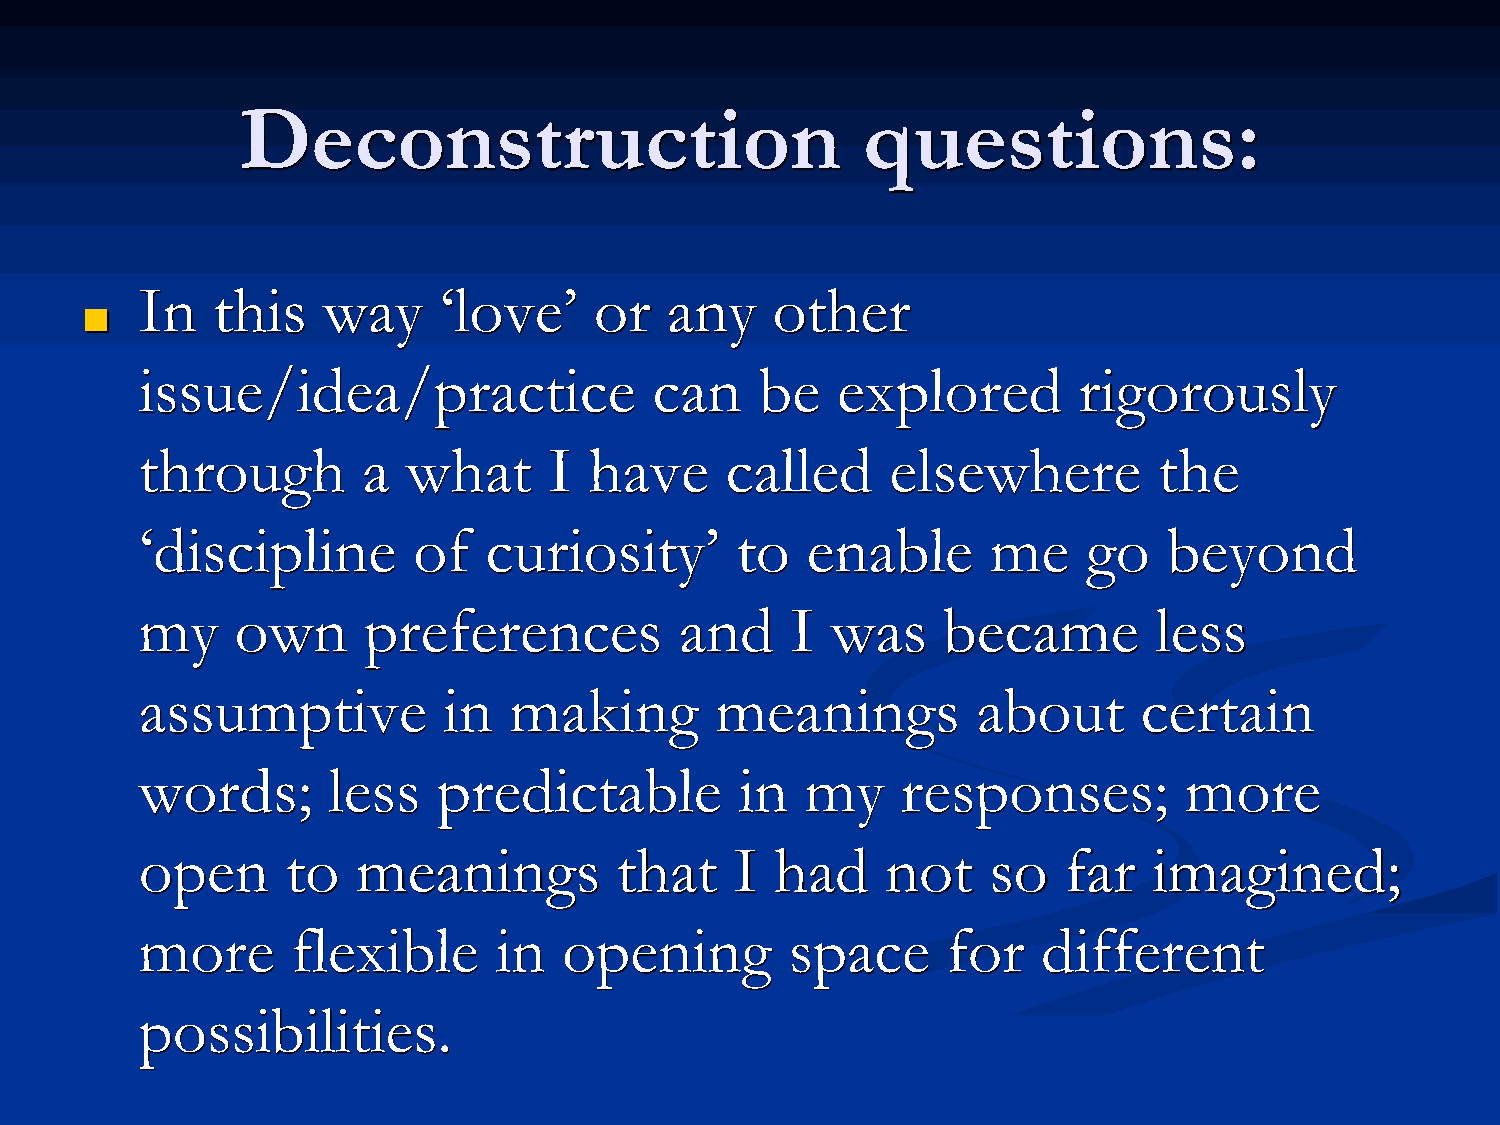
Deconstruction                           questions:
 In   this   way     ‘love’    or   any    other
 ■
 issue/idea/practice               can    be   explored        rigorously
 through        a  what     I  have     called     elsewhere         the
 ‘discipline       of   curiosity’       to  enable       me    go   beyond
 my     own     preferences          and    I  was    became        less
 assumptive          in   making       meanings          about      certain
 words;       less   predictable         in  my     responses;        more
 open      to   meanings         that    I had     not   so   far   imagined;
 more      flexible      in  opening        space      for   different
 possibilities.